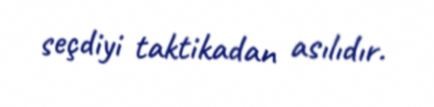
seçdiyi taktikadan asılıdır.